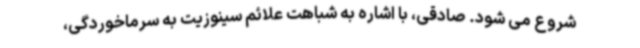
شروع می شود. صادقی، با اشاره به شباهت علائم سینوزیت به سرماخوردگی،